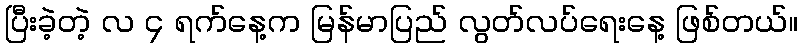
ပြီးခဲ့တဲ့ လ ၄ ရက်နေ့က မြန်မာပြည် လွတ်လပ်ရေးနေ့ ဖြစ်တယ်။